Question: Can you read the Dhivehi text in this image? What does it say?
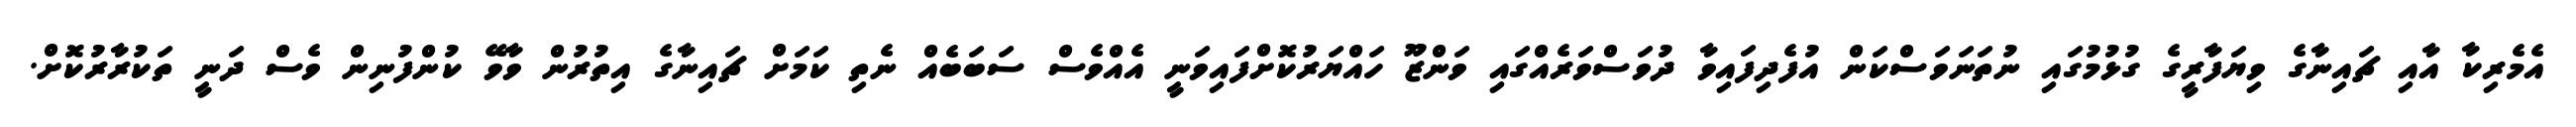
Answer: އެމެރިކާ އާއި ޗައިނާގެ ވިޔަފާރީގެ ގުޅުމުގައި ނުތަނަވަސްކަން އުފެދިފައިވާ ދުވަސްވަރެއްގައި ވަންޒޫ ހައްޔަރުކޮށްފައިވަނީ އެއްވެސް ސަބަބެއް ނެތި ކަމަށް ޗައިނާގެ އިތުރުން ވާވޭ ކުންފުނިން ވެސް ދަނީ ތަކުރާރުކޮށް.